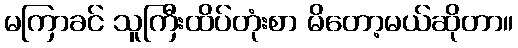
မကြာခင် သူကြီးထိပ်တုံးစာ မိတော့မယ်ဆိုတာ။